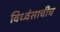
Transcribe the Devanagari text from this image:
विध्वंसाचीच